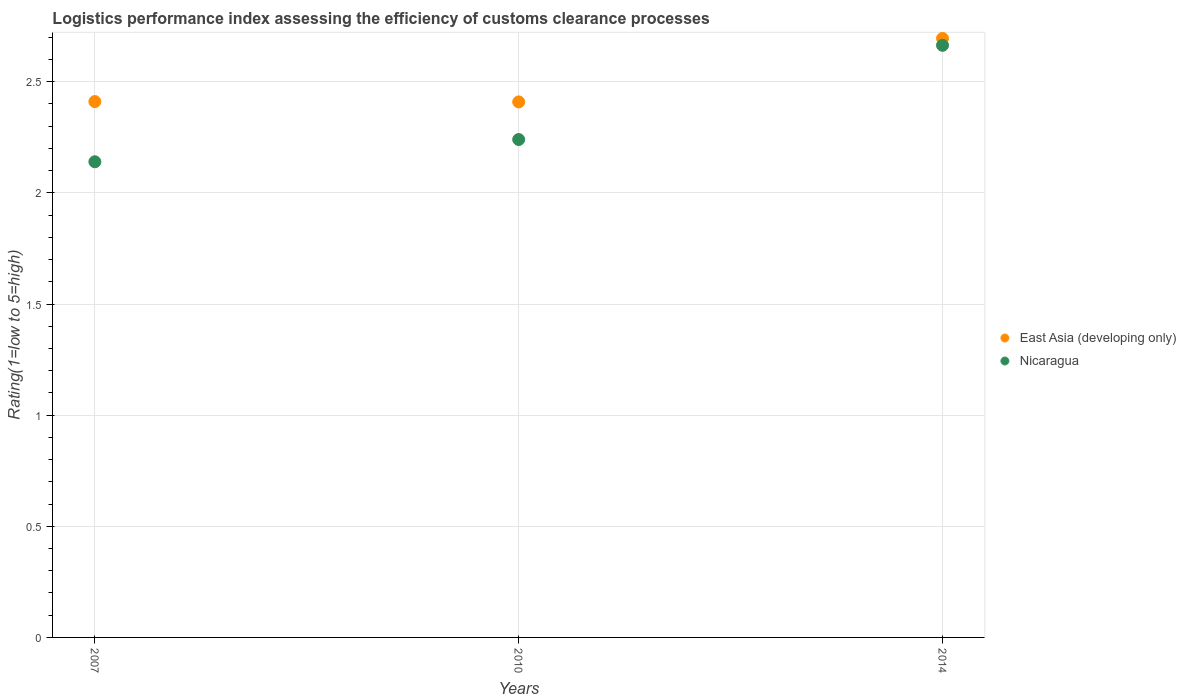
| Years | East Asia (developing only) | Nicaragua |
 | --- | --- | --- |
 | 2007 | 2.41 | 2.14 |
 | 2010 | 2.41 | 2.24 |
 | 2014 | 2.69 | 2.66 |